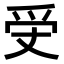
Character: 𤓾